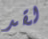
لقد